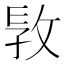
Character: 𢼪